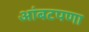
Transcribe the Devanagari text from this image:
आंबटपणा